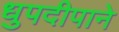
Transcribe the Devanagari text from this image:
धुपदीपाने